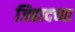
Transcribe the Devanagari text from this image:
जिहादच्या